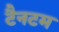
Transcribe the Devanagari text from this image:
टैनटम